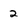
Character: 2